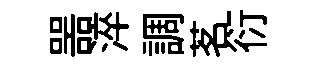
噐淬調茗衍